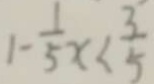
1 - \frac { 1 } { 5 } x < \frac { 3 } { 5 }